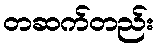
တဆက်တည်း